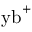
{ \mathrm { y b } } ^ { + }